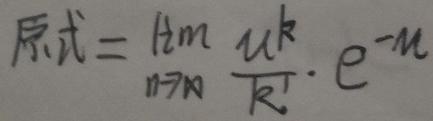
\[
原式=\lim_{n \to \infty} \frac{n^k}{k!} \cdot e^{-n}
\]